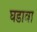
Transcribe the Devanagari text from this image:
घडावा